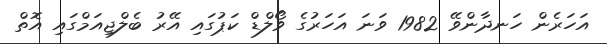
އަހަރެން ހަނދާންވޭ 1982 ވަނަ އަހަރުގެ ވޯލްޑް ކަޕުގައި އޭރު ބެލްޖިއަމްގައި އޮތް